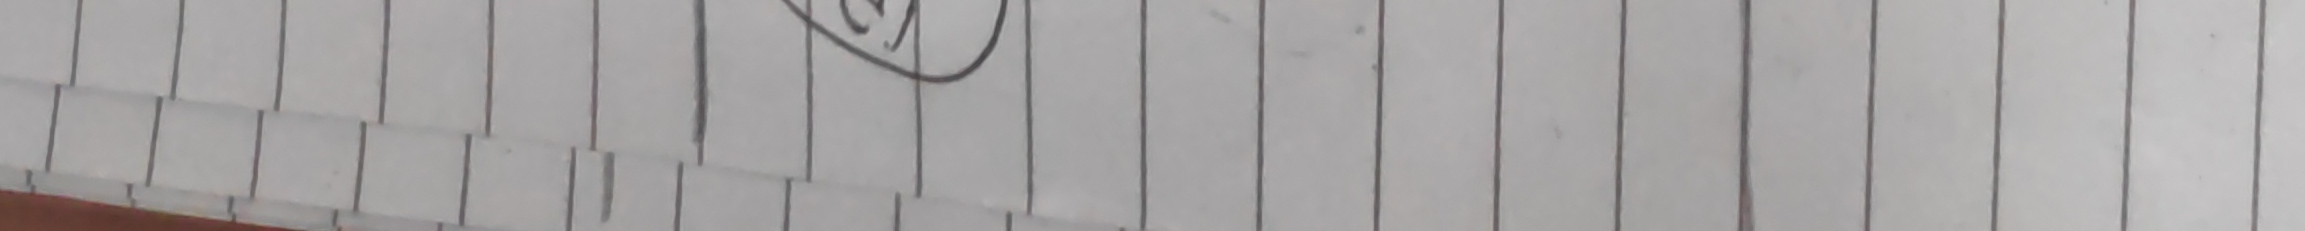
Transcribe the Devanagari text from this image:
९